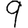
Digit: 9